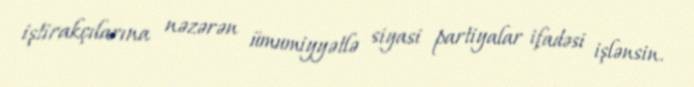
iştirakçılarına nəzərən ümumiyyətlə siyasi partiyalar ifadəsi işlənsin.